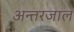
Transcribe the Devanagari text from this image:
अन्त्तरजाल